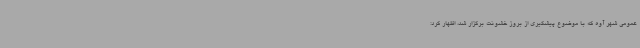
عمومی شهر آوه که با موضوع پیشگیری از بروز خشونت برگزار شد، اظهار کرد: